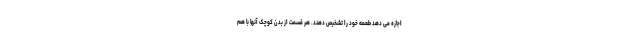
اجازه می دهد طعمه خود را تشخیص دهند. هر قسمت از بدن کوچک آنها با هم